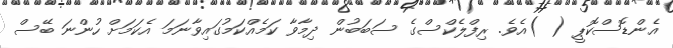
އެންޑޮސްކޮޕީ ( )އެވެ. ރިފްލެކްސްގެ ސަބަބުން ދިމާވާ ކަމެއްކަމުގައިވާނަމަ އެކަމަށް ހުންނަ ބޭސް